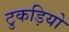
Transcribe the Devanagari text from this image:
टुकड़ियो